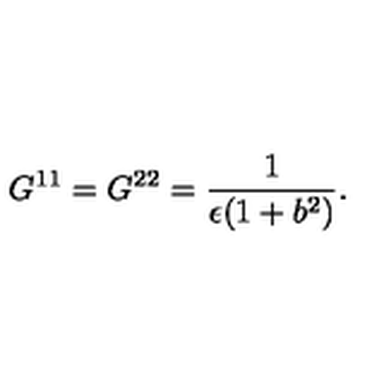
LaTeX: G ^ { 1 1 } = G ^ { 2 2 } = \frac { 1 } { \epsilon ( 1 + b ^ { 2 } ) } .